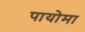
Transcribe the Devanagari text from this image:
पायोमा